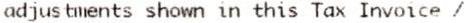
ADJUSTMENTS SHOWN IN THIS TAX INVOICE /